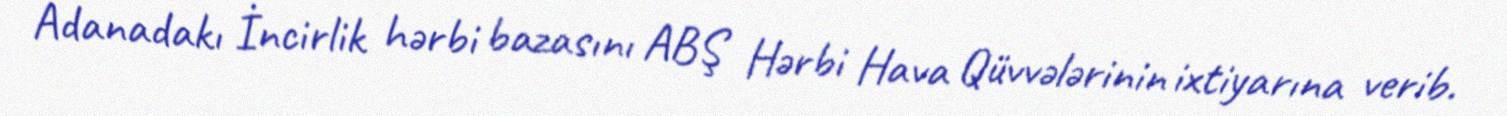
Adanadakı İncirlik hərbi bazasını ABŞ Hərbi Hava Qüvvələrinin ixtiyarına verib.